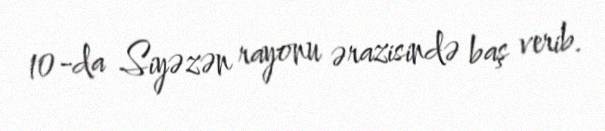
10-da Siyəzən rayonu ərazisində baş verib.